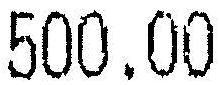
500.00